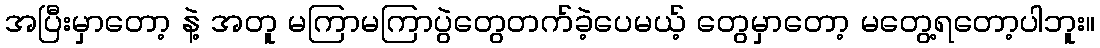
အပြီးမှာတော့ နဲ့ အတူ မကြာမကြာပွဲတွေတက်ခဲ့ပေမယ့် တွေမှာတော့ မတွေ့ရတော့ပါဘူး။